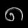
Digit: ၈